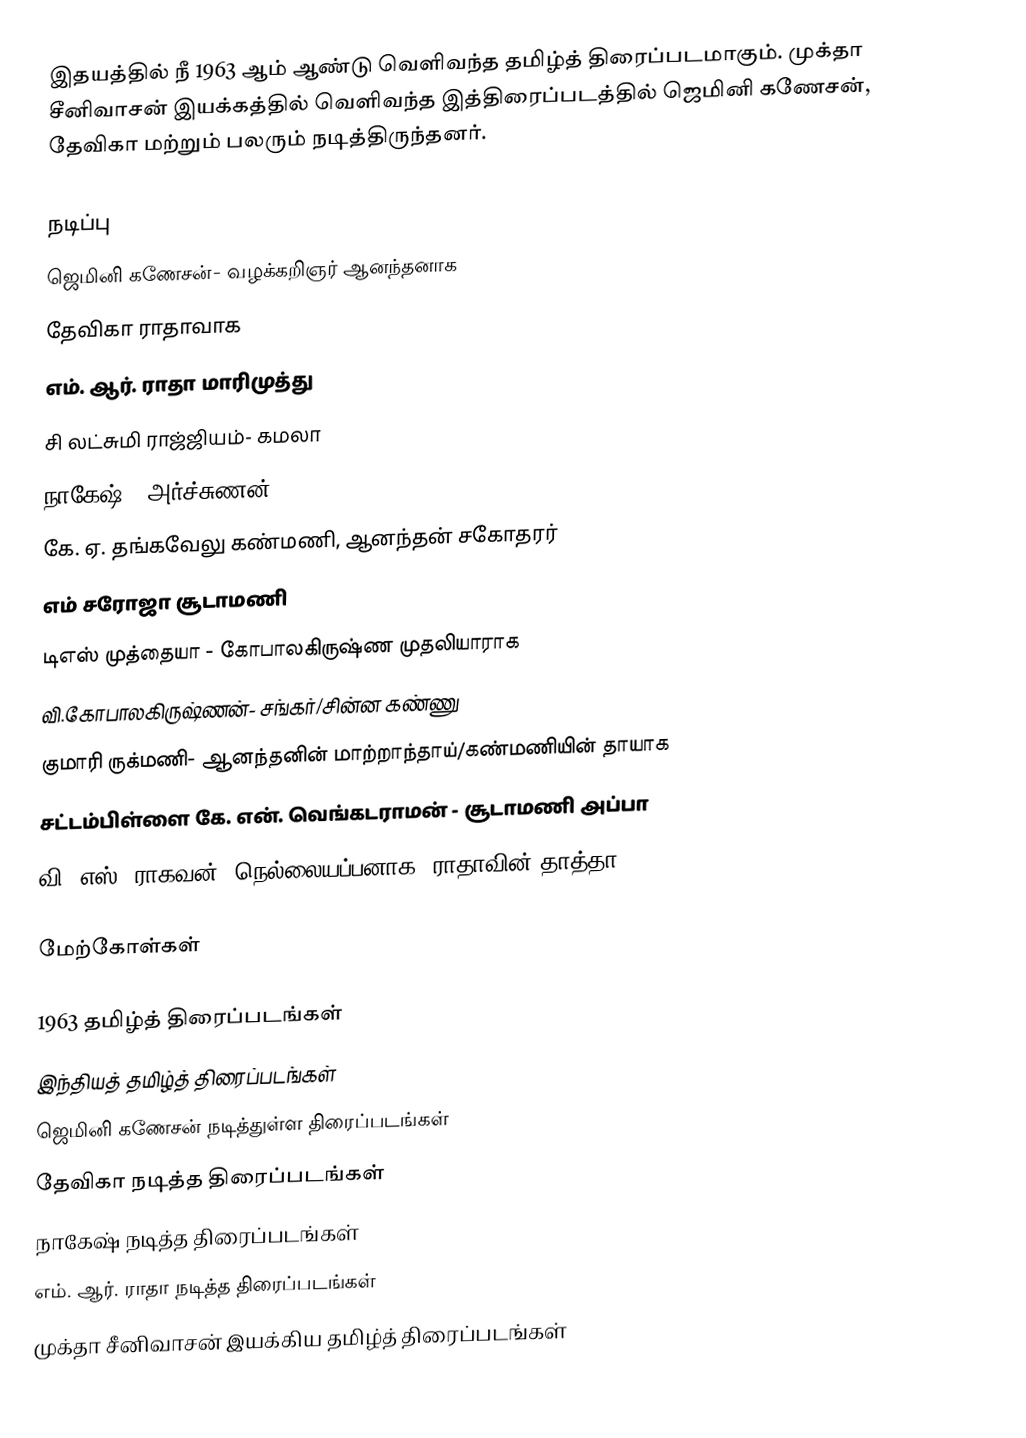
இதயத்தில் நீ 1963 ஆம் ஆண்டு வெளிவந்த தமிழ்த் திரைப்படமாகும். முக்தா சீனிவாசன் இயக்கத்தில் வெளிவந்த இத்திரைப்படத்தில் ஜெமினி கணேசன், தேவிகா மற்றும் பலரும் நடித்திருந்தனர்.

நடிப்பு
 ஜெமினி கணேசன்- வழக்கறிஞர் ஆனந்தனாக
 தேவிகா ராதாவாக
 எம். ஆர். ராதா மாரிமுத்து
 சி லட்சுமி ராஜ்ஜியம்- கமலா
 நாகேஷ் - அர்ச்சுணன்
 கே. ஏ. தங்கவேலு கண்மணி, ஆனந்தன் சகோதரர்
 எம் சரோஜா சூடாமணி
 டிஎஸ் முத்தையா - கோபாலகிருஷ்ண முதலியாராக
 வி.கோபாலகிருஷ்ணன்- சங்கர்/சின்ன கண்ணு
 குமாரி ருக்மணி- ஆனந்தனின் மாற்றாந்தாய்/கண்மணியின் தாயாக
 சட்டம்பிள்ளை கே. என். வெங்கடராமன் - சூடாமணி அப்பா
 வி. எஸ். ராகவன்- நெல்லையப்பனாக, ராதாவின் தாத்தா

மேற்கோள்கள்

1963 தமிழ்த் திரைப்படங்கள்
இந்தியத் தமிழ்த் திரைப்படங்கள்
ஜெமினி கணேசன் நடித்துள்ள திரைப்படங்கள்
தேவிகா நடித்த திரைப்படங்கள்
நாகேஷ் நடித்த திரைப்படங்கள்
எம். ஆர். ராதா நடித்த திரைப்படங்கள்
முக்தா சீனிவாசன் இயக்கிய தமிழ்த் திரைப்படங்கள்